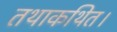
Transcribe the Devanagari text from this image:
तथाकथित।